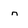
Character: n